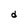
Character: d